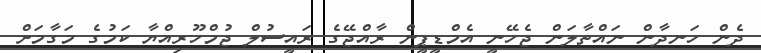
ދެން ހަނދާން ނައްތާލަން ޖެހޭނީ އެމްޑީޕީން ރާއްޖޭގެ ރައީސުލް ޖުމްހޫރިއްޔާ ކަމުގެ މަގާމަށް